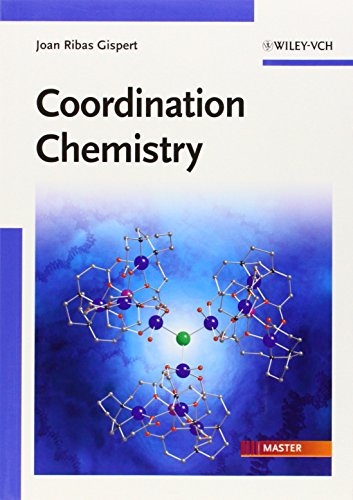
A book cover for Coordination Chemistry; Joan Ribas Gispert; Science & Math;